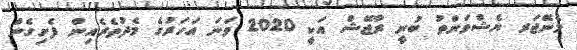
މެނޭޖަރ ޔެޝްވަންތު ބުނީ ރާޖޭޝް އަކީ 2020 ވަނަ އަހަރުގެ މެދުތެރެއިން ފެށިގެން